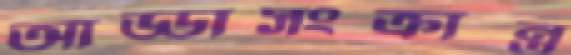
আড্ডাসংক্রান্ত